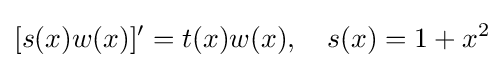
[s(x)w(x)]'=t(x)w(x),\quad s(x)=1+x^{2}